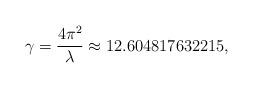
LaTeX: \begin{align*}\gamma = {4\pi^2 \over \lambda} \approx 12.604817632215, \end{align*}